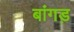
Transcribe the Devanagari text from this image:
बांगड़